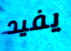
يفيد